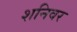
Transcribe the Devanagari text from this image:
शनिवर